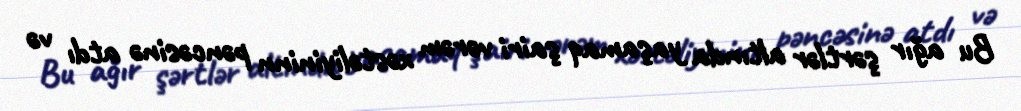
Bu ağır şərtlər altında yaşamaq şairi vərəm xəstəliyininn pəncəsinə atdı və